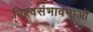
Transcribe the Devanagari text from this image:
विश्वसंभावनाओं